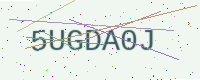
Text: 5UGDA0J